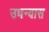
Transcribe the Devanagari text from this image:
उधन्यास